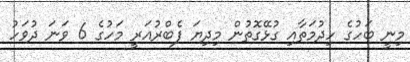
މިނީ ބަހުގެ ހިދުމަތާއި ގުޅޭގޮތުން މިދިޔަ ފެބްރުއަރީ މަހުގެ 6 ވަނަ ދުވަހު